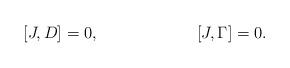
LaTeX: \begin{align*}[J,D]=0, \qquad\qquad\qquad [J,\Gamma ] =0.\end{align*}